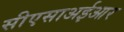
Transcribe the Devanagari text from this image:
सीएसाअईआर